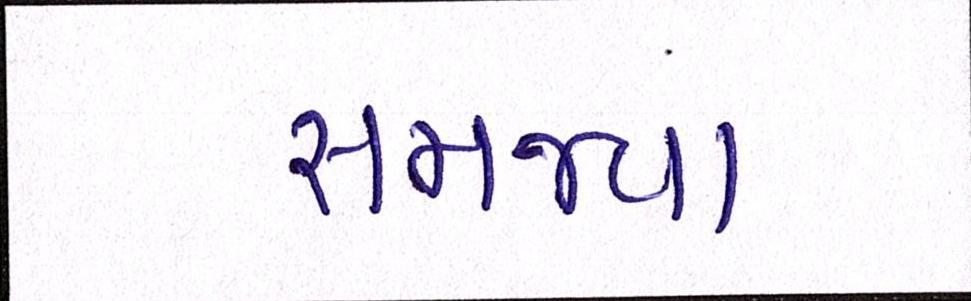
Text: સમજ્યા